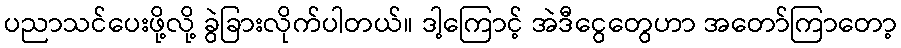
ပညာသင်ပေးဖို့လို့ ခွဲခြားလိုက်ပါတယ်။ ဒါ့ကြောင့် အဲဒီငွေတွေဟာ အတော်ကြာတော့